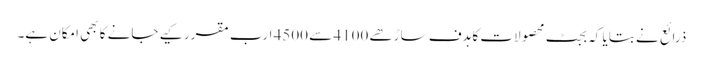
ذرائع نے بتایا کہ بجٹ محصولات کا ہدف ساڑھے 4100 سے 4500 ارب مقرر کیے جانے کا بھی امکان ہے۔